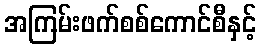
အကြမ်းဖက်စစ်ကောင်စီနှင့်